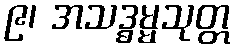
၉၊ အသဒ္ဓမ္မသုတ္တ